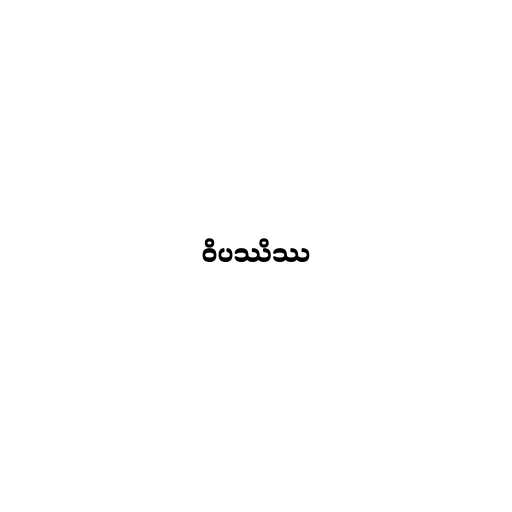
ဝိပဿိဿ